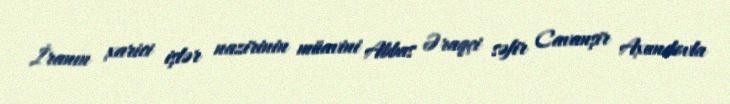
İranın xarici işlər nazirinin müavini Abbas Əraqçi səfir Cavanşir Axundovla